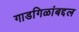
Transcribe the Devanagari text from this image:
गाडगिळांबद्दल